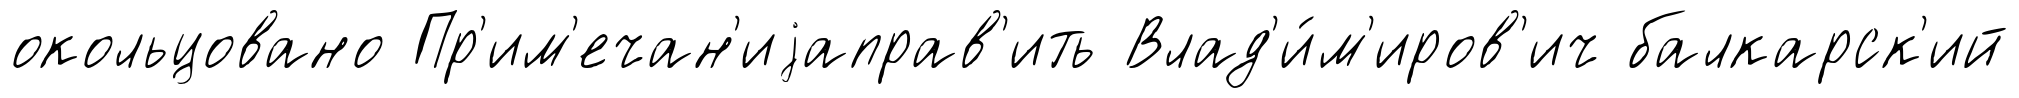
окольцовано Пр'им'ечан'иjаправ'ить Влад'и́м'иров'ич балкарск'ий